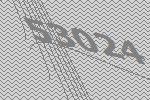
53024